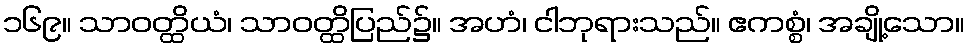
၁၆၉။ သာဝတ္ထိယံ၊ သာဝတ္ထိပြည်၌။ အဟံ၊ ငါဘုရားသည်။ ဧကစ္စံ၊ အချို့သော။